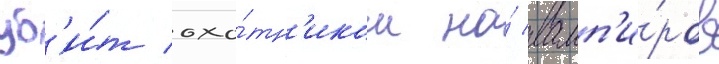
уб'и́т охо́тн'иком на́ вамп'и́ров